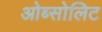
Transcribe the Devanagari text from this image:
ओब्सोलिट